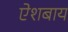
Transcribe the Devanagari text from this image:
ऐशबाय